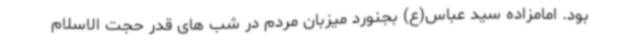
بود. امامزاده سید عباس(ع) بجنورد میزبان مردم در شب های قدر حجت الاسلام